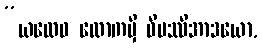
“ယထေဝ လောကမှိ ဝိပဿိအာဒယော,